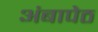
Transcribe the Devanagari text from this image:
अंबापेठ